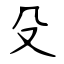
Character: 殳